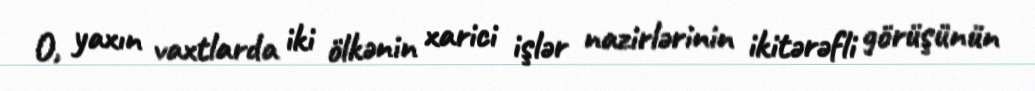
O, yaxın vaxtlarda iki ölkənin xarici işlər nazirlərinin ikitərəfli görüşünün